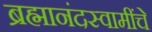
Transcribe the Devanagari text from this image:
ब्रह्मानंदस्वामींचे